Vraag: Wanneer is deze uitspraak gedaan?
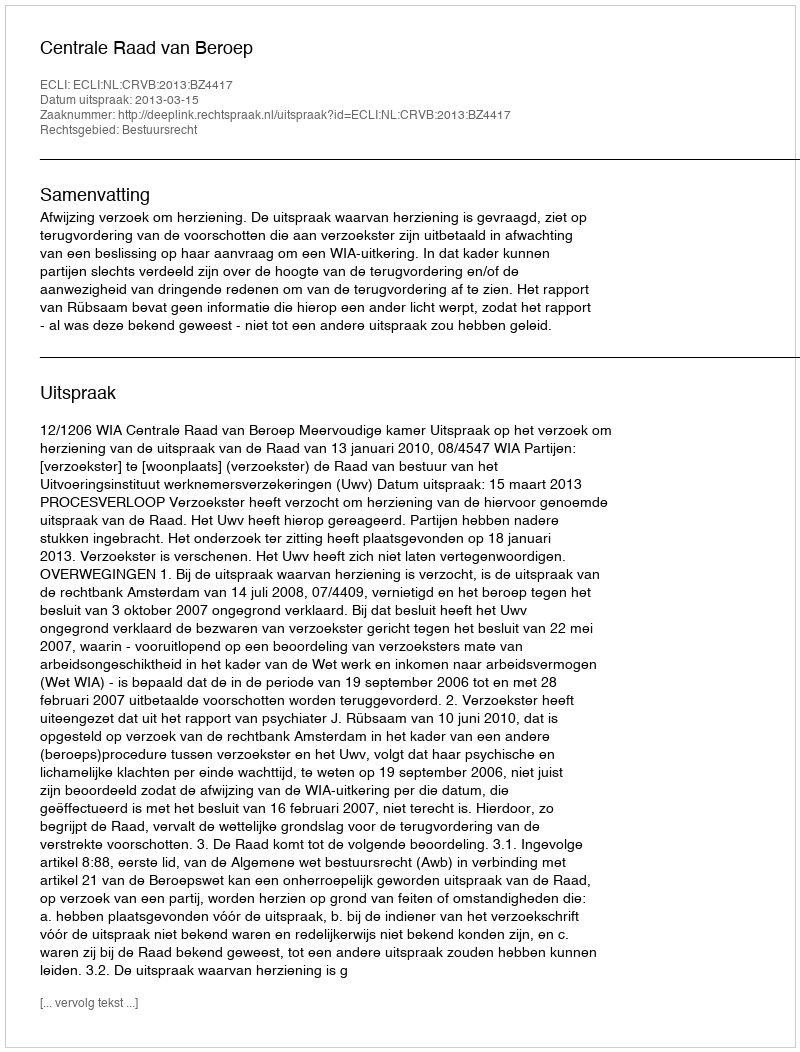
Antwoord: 2013-03-15